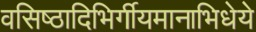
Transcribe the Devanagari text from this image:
वसिष्ठादिभिर्गीयमानाभिधेये